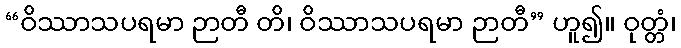
“ဝိဿာသပရမာ ဉာတီ တိ၊ ဝိဿာသပရမာ ဉာတီ” ဟူ၍။ ဝုတ္တံ၊